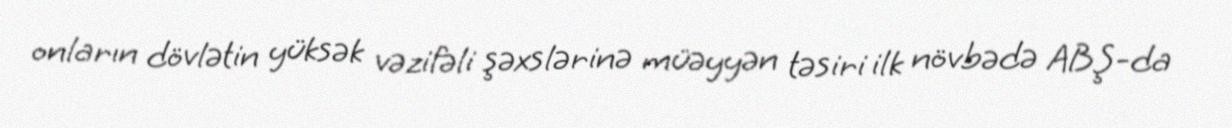
onların dövlətin yüksək vəzifəli şəxslərinə müəyyən təsiri ilk növbədə ABŞ-da